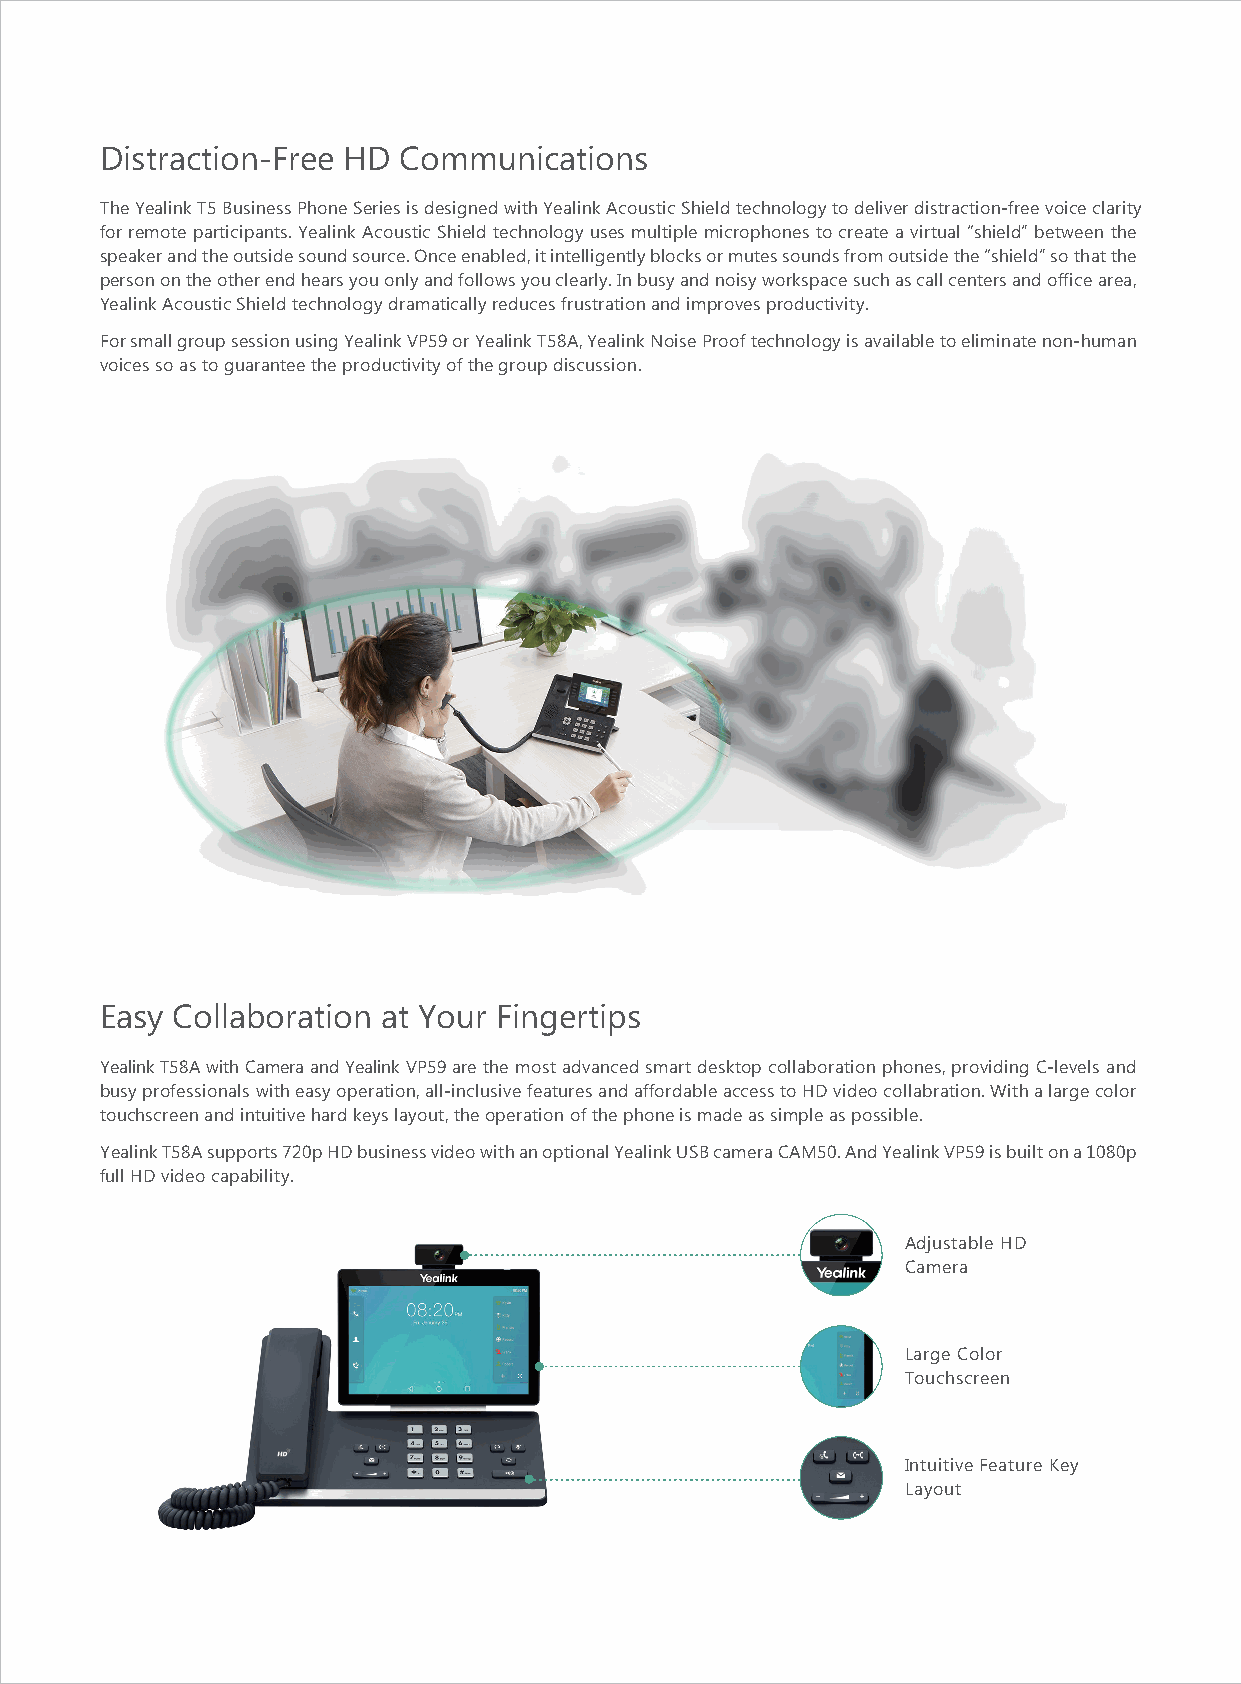
Distraction-Free HD Communications
 The Yealink T5 Business Phone Series is designed with Yealink Acoustic Shield technology to deliver distraction-free voice clarity
 for remote participants. Yealink Acoustic Shield technology uses multiple microphones to create a virtual “shield” between the
 speaker and the outside sound source. Once enabled, it intelligently blocks or mutes sounds from outside the “shield” so that the
 person on the other end hears you only and follows you clearly. In busy and noisy workspace such as call centers and office area,
 Yealink Acoustic Shield technology dramatically reduces frustration and improves productivity.
 For small group session using Yealink VP59 or Yealink T58A, Yealink Noise Proof technology is available to eliminate non-human
 voices so as to guarantee the productivity of the group discussion.
 Easy Collaboration at Your Fingertips
 Yealink T58A with Camera and Yealink VP59 are the most advanced smart desktop collaboration phones, providing C-levels and
 busy professionals with easy operation, all-inclusive features and affordable access to HD video collabration. With a large color
 touchscreen and intuitive hard keys layout, the operation of the phone is made as simple as possible.
 Yealink T58A supports 720p HD business video with an optional Yealink USB camera CAM50. And Yealink VP59 is built on a 1080p
 full HD video capability.
 Adjustable HD
 Camera
 Large Color
 Touchscreen
 Intuitive Feature Key
 Layout